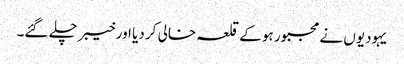
یہودیوں نے مجبور ہو کے قلعہ خالی کر دیا اور خیبر چلے گئے۔